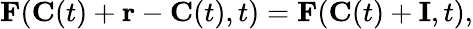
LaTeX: \mathbf{F}(\mathbf{C}(t)+\mathbf{r}-\mathbf{C}(t),t)=\mathbf{F}(\mathbf{C}(t)+\mathbf{I},t),